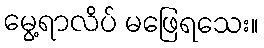
မွေ့ရာလိပ် မဖြေရသေး။